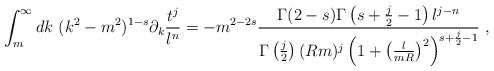
\begin{align*}\int_{m}^\infty dk\ (k^2-m^2)^{1-s}\partial_k\frac{t^j}{l^n}=-m^{2-2s}\frac{\Gamma(2-s)\Gamma\left(s+\frac j2-1\right)l^{j-n}}{\Gamma \left(\frac j2\right) (Rm)^{j}\left( 1+\left(\frac{l}{mR}\right)^2\right)^{s+\frac j2-1}}\ ,\end{align*}